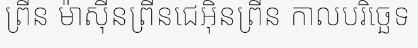
ព្រីន ម៉ាស៊ីនព្រីនជេអ៊ិនព្រីន កាលបរិច្ឆេទ